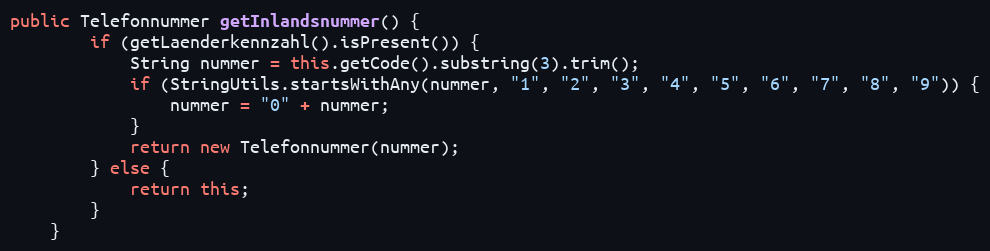
Language: Java
public Telefonnummer getInlandsnummer() {
        if (getLaenderkennzahl().isPresent()) {
            String nummer = this.getCode().substring(3).trim();
            if (StringUtils.startsWithAny(nummer, "1", "2", "3", "4", "5", "6", "7", "8", "9")) {
                nummer = "0" + nummer;
            }
            return new Telefonnummer(nummer);
        } else {
            return this;
        }
    }